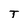
Character: T